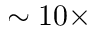
\sim 1 0 \times